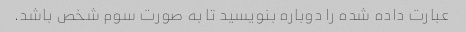
عبارت داده شده را دوباره بنویسید تا به صورت سوم شخص باشد.